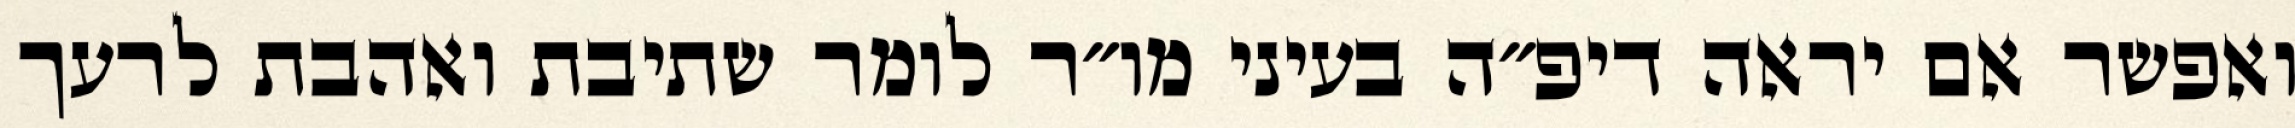
ואפשר אם יראה דיפ״ה בעיני מו״ר לומר שתיבת ואהבת לרעך